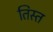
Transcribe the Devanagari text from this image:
तिस्‍त